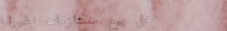
محل بيع مستلزمات الحيوانا